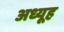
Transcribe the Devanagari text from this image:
अध्यूह